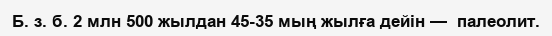
Б. з. б. 2 млн 500 жылдан 45-35 мың жылға дейін —  палеолит.